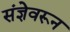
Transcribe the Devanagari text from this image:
संज्ञेवरून